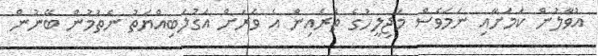
އުވާލުން ކަމަށާއި ނަމަވެސް މަޖިލީހުގެ ތެރެއިން އެ ވަރަށް އަގުލަބިއްޔަތު ނެތުމުން ބޭނުން